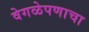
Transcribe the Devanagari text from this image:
वेगळेपणाचा